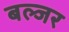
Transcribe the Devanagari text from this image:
बल्जर